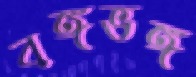
বঙ্গভঙ্গ